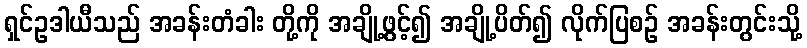
ရှင်ဥဒါယီသည် အခန်းတံခါး တို့ကို အချို့ဖွင့်၍ အချို့ပိတ်၍ လိုက်ပြစဉ် အခန်းတွင်းသို့